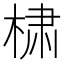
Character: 𰗹